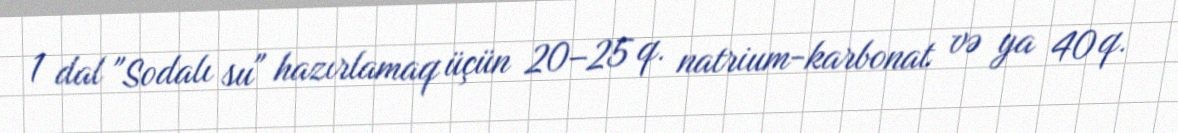
1 dal "Sodalı su" hazırlamaq üçün 20–25 q. natrium-karbonat və ya 40 q.